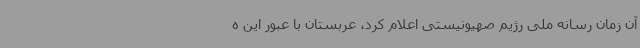
آن زمان رسانه ملی رژیم صهیونیستی اعلام کرد، عربستان با عبور این ه